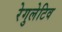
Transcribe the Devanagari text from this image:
रेगुलेटिव